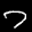
Label: 7